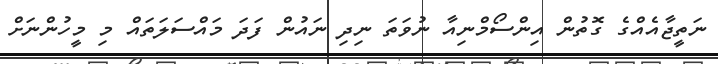
ނަތީޖާއެއްގެ ގޮތުން އިންސޯމްނިއާ ނުވަތަ ނިދި ނައުން ފަދަ މައްސަލަތައް މި މީހުންނަށް